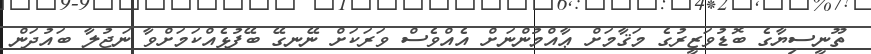
ތޫނީސިޔާގެ ބޮޑުވަޒީރުގެ މަޤާމަށް ޢާއްމުންނަށް އެއްވެސް ވަރަކަށް ނޭނގޭ ބޭފުޅެއްކަމަށްވާ ނަޖުލާ ބައުދަން